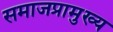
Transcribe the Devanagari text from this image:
समाजप्रामुख्य